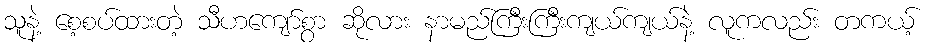
သူနဲ့ စေ့စပ်ထားတဲ့ သီဟကျော်စွာ ဆိုလား နာမည်ကြီးကြီးကျယ်ကျယ်နဲ့ လူကလည်း တကယ့်